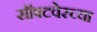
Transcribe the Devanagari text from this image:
सॉफ्टवेरच्या